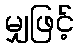
မျှဖြင့်